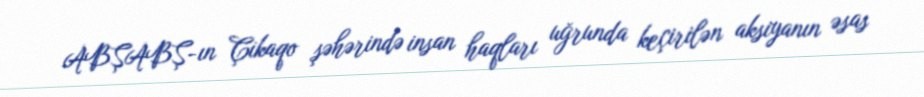
ABŞABŞ-ın Çikaqo şəhərində insan haqları uğrunda keçirilən aksiyanın əsas